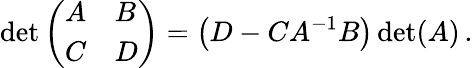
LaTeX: \operatorname*{det}{\left(\begin{array}{ll}{A}&{B}\\ {C}&{D}\end{array}\right)}=\left(D-CA^{-1}B\right)\operatorname*{det}(A)\, .